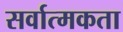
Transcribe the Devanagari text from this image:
सर्वात्मकता